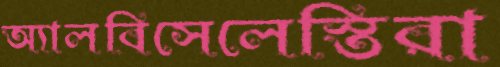
অ্যালবিসেলেস্তিরা